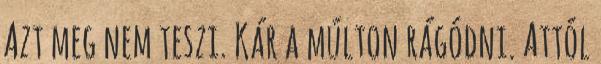
Azt meg nem teszi. Kár a múlton rágódni. Attól